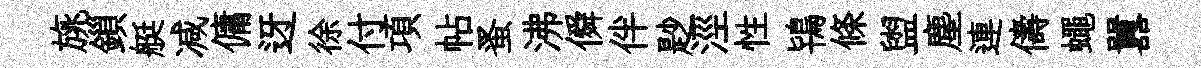
旐鎻艇减傭迓徐付項帖蚤沸僢伴尟涇性鴇條盥塵連儔蠅囂